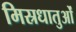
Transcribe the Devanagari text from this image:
मिस्रधातुओं